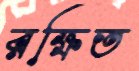
রক্ষিত